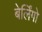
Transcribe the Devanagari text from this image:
बेर्लिंगो